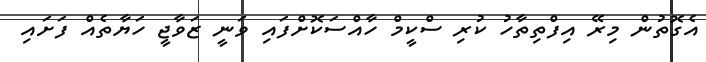
އެގޮތުން މިރޭ އިފްތިތާހު ކުރި ސްކީމް ހާއްސަކޮށްފައި ވަނީ ޒަވާޖީ ހަޔާތެއް ފަށައި